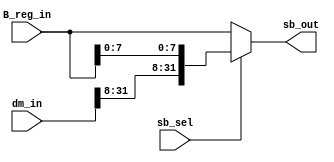
module SB_module(dm_in, B_reg_in, sb_sel, sb_out);
    input [31:0]dm_in;
    input [31:0]B_reg_in;
    input sb_sel;
    output [31:0]sb_out;
    wire [31:0]sb_val;
    assign sb_val = {dm_in[31:8], B_reg_in[7:0]};
    assign sb_out = sb_sel == 1 ? sb_val : B_reg_in;
endmodule